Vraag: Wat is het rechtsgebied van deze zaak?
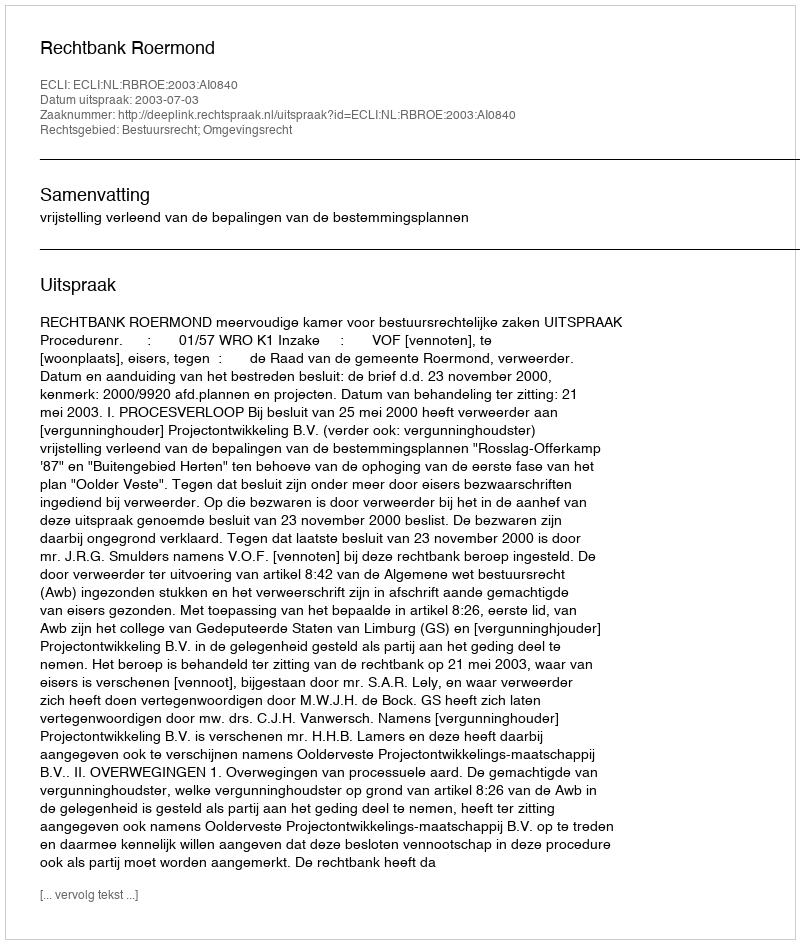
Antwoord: Bestuursrecht; Omgevingsrecht